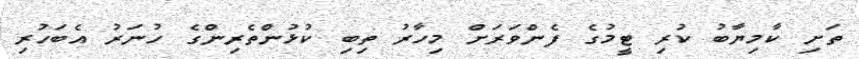
ތަށި ކާމިޔާބު ކުރި ޓީމުގެ ފެންވަރަށް މިހާރު ތިބި ކުޅުންތެރިންގެ ހުނަރު އެބަހުރި